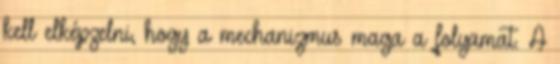
kell elképzelni, hogy a mechanizmus maga a folyamat. A